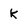
Character: k